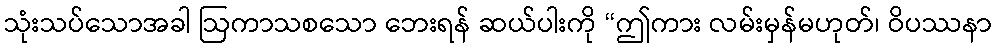
သုံးသပ်သောအခါ ဩကာသစသော ဘေးရန် ဆယ်ပါးကို “ဤကား လမ်းမှန်မဟုတ်၊ ဝိပဿနာ